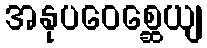
အနုပဝေစ္ဆေယျ